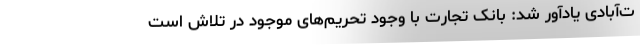
ت‌آبادی یادآور شد: بانک تجارت با وجود تحریم‌های موجود در تلاش است